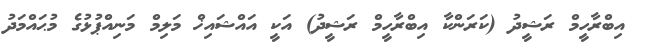
އިބްރާހީމް ރަޝީދު (ކަރަންކާ އިބްރާހީމް ރަޝީދު) އަކީ އައްޝައިޚް މަލިމް މަނިއްޕުޅުގެ މުޙައްމަދު